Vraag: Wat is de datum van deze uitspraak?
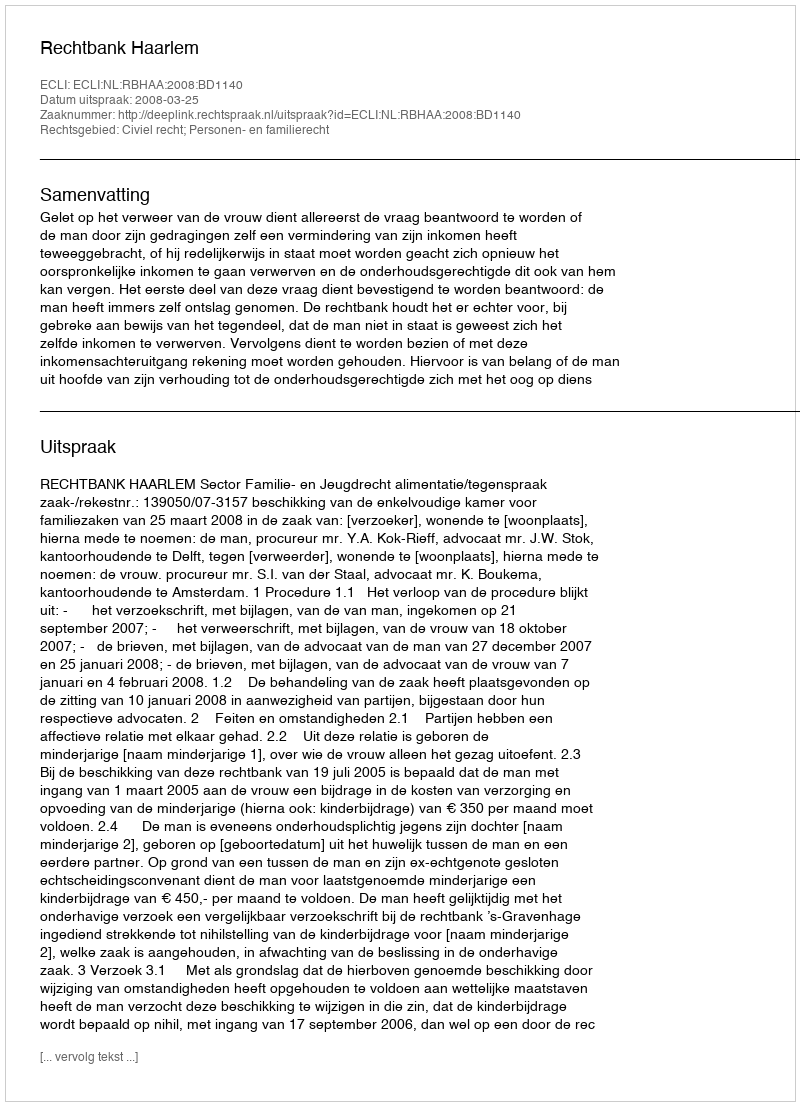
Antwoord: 2008-03-25